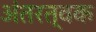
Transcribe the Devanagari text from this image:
अंतरत्वक